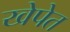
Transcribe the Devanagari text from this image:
खेपेत